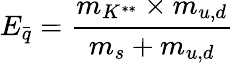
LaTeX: E_{\stackrel{\_ }{q}}=\frac{m_{K^{**}}\times m_{u,d}}{m_{s}+m_{u,d}}